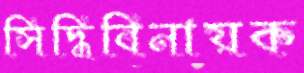
সিদ্ধিবিনায়ক